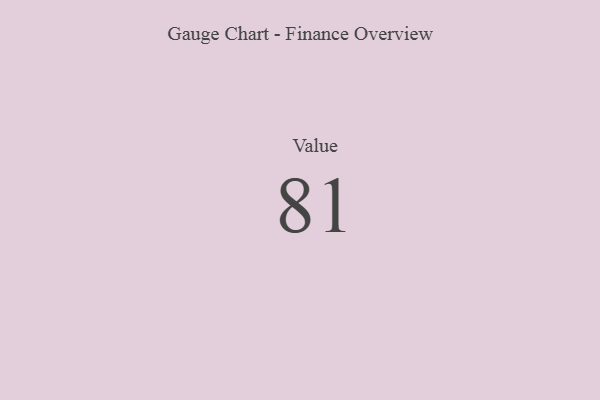
{"axis": {"x": "Metric", "y": "Value"}, "legend": [""], "data": [{"x": "Value", "y": 81, "type": ""}]}